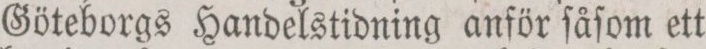
Göteborgs Handelstidning anför ſåſom ett